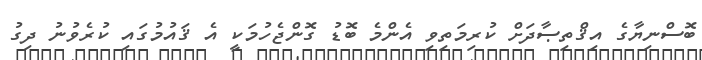
ބޮސްނިޔާގެ އިޤްތިޞާދަށް ކުރިމަތިވި އެންމެ ބޮޑު ގޮންޖެހުމަކީ އެ ޤައުމުގައި ކުރެވުނު ދިގު